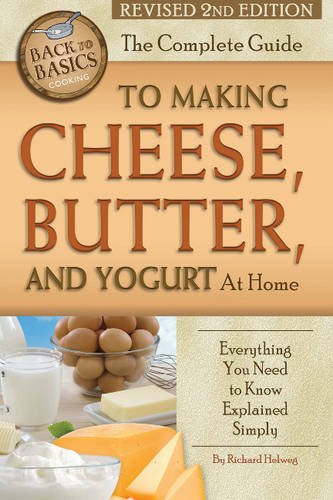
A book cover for The Complete Guide to Making Cheese, Butter, and Yogurt at Home: Everything You Need to Know Explained Simply Revised 2nd Edition; Rick Helweg; Cookbooks, Food & Wine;